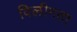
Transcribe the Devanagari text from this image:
विलीनता